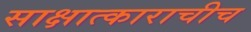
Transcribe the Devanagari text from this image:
साक्षात्काराचीच